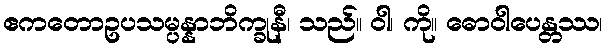
ဧကတောဥပသမ္ပန္နာဘိက္ခုနီ၊ သည်။ ဝါ၊ ကို။ ဓောဝါပေန္တဿ၊